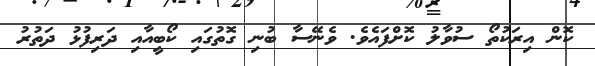
ކޮން އިރަކުތޯ ސުވާލު ކޮށްފައެވެ. ވެނޭސާ ބުނި ގޮތުގައި ކޯބީއާއި ދަރިފުޅު ދަތުރު